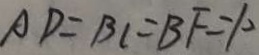
A D = B C = B F = 1 0